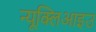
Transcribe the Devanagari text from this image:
न्यूक्लिआइउ